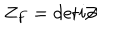
LaTeX: Z _ { F } = \mathrm { d e t } i \! \! \not \! \partial